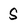
Character: S